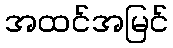
အထင်အမြင်